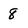
Character: 8